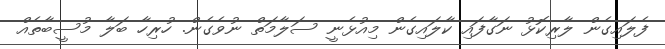
ފެލައިގެން ލާރިކޮޅު ނަގާފައި ކާލައިގެން މިއުޅެނީ ސަލާމަތް ނުވެގެން. ހުރިހާ ބަލާ މުސީބާތެއް